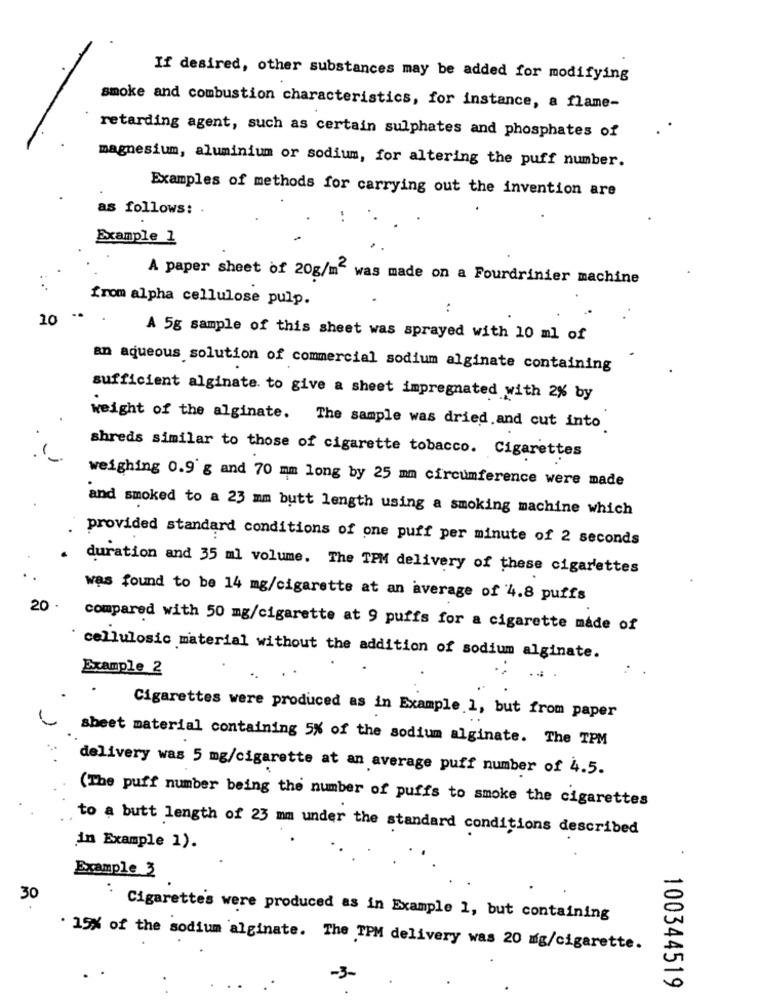
If desired, other substances may be added for modifying
smoke and combustion characteristics, for instance, a flame-
..
retarding agent, such as certain sulphates and phosphates of
magnesium, aluminium or sodium, for altering the puff number.
Examples of methods for carrying out the invention are
as follows:
Example 1
A paper sheet of 20g/m2 was made on a Fourdrinier machine
from alpha cellulose pulp.
:
10
..
A 5g sample of this sheet was sprayed with 10 ml of
an aqueous solution of commercial sodium alginate containing
sufficient alginate. to give a sheet impregnated with 2% by
weight of the alginate. The sample was dried and cut into
shreds similar to those of cigarette tobacco. Cigarettes
weighing 0.9 g and 70 mm long by 25 mm circumference were made
and smoked to a 23 mm butt length using a smoking machine which
provided standard conditions of one puff per minute of 2 seconds
duration and 35 ml volume. The TPM delivery of these cigarettes
was found to be 14 mg/cigarette at an average of 4.8 puffs
20
compared with 50 mg/cigarette at 9 puffs for a cigarette made of
cellulosic material without the addition of sodium alginate.
Example 2
. .
.
Cigarettes were produced as in Example 1, but from paper
sheet material containing 5% of the sodium alginate. The TPM
delivery was 5 mg/cigarette at an average puff number of 4.5.
(The puff number being the number of puffs to smoke the cigarettes
to a butt length of 23 mm under the standard conditions described
in Example 1).
.
Example 3
30
` Cigarettes were produced as in Example 1, but containing
. 15% of the sodium alginate. The TPM delivery was 20 mg/cigarette.
.
100344519